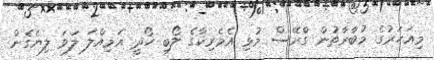
މިއަހަރުގެ މުބާރާތުން ގްރޭސް މުޅި އެމެރިކާގެ ލޯބި ހޯދީ އަމިއްލަ ލަވަ ލިޔެގެން